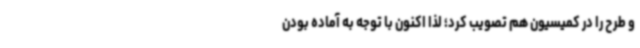
و طرح را در کمیسیون هم تصویب کرد؛ لذا اکنون با توجه به آماده بودن